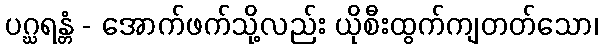
ပဂ္ဃရန္တံ - အောက်ဖက်သို့လည်း ယိုစီးထွက်ကျတတ်သော၊